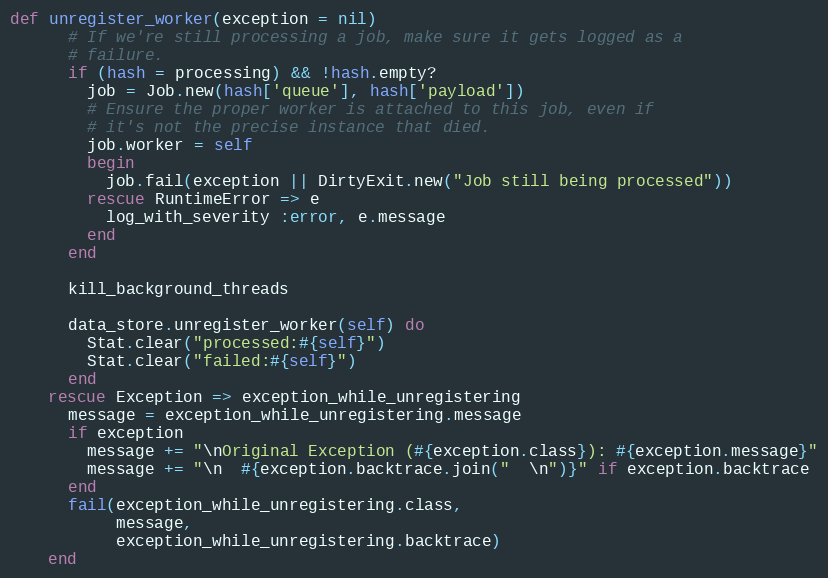
Language: Ruby
def unregister_worker(exception = nil)
      # If we're still processing a job, make sure it gets logged as a
      # failure.
      if (hash = processing) && !hash.empty?
        job = Job.new(hash['queue'], hash['payload'])
        # Ensure the proper worker is attached to this job, even if
        # it's not the precise instance that died.
        job.worker = self
        begin
          job.fail(exception || DirtyExit.new("Job still being processed"))
        rescue RuntimeError => e
          log_with_severity :error, e.message
        end
      end

      kill_background_threads

      data_store.unregister_worker(self) do
        Stat.clear("processed:#{self}")
        Stat.clear("failed:#{self}")
      end
    rescue Exception => exception_while_unregistering
      message = exception_while_unregistering.message
      if exception
        message += "\nOriginal Exception (#{exception.class}): #{exception.message}"
        message += "\n  #{exception.backtrace.join("  \n")}" if exception.backtrace
      end
      fail(exception_while_unregistering.class,
           message,
           exception_while_unregistering.backtrace)
    end